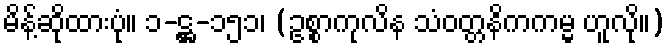
မိန့်ဆိုထားပုံ။ ၁-ဋ္ဌ-၁၅၁၊ (ဥစ္စာကုလိန သံဝတ္တနိကကမ္မ ဟူလို။)